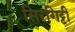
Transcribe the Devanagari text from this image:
सिरगिट्टी